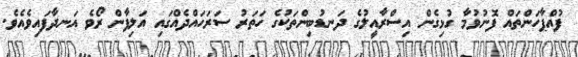
ފުއްޕާހަންތައް ފޮނުވުމާ ގުޅިގެން އިސްރާއީލުގެ ދަނޑުބިންތަކުގެ ހަތަރު ސަރަހައްދެއްގައި އަލިފާން ރޯވެ އަނދާފައިވެއެވެ.